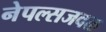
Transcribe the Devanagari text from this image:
नेपल्सजवळ